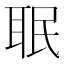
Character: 𦕛